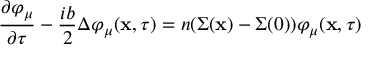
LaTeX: \frac { \partial \varphi _ { \mu } } { \partial \tau } - \frac { i b } { 2 } \Delta \varphi _ { \mu } ( { \bf x } , \tau ) = n ( \Sigma ( { \bf x } ) - \Sigma ( 0 ) ) \varphi _ { \mu } ( { \bf x } , \tau )